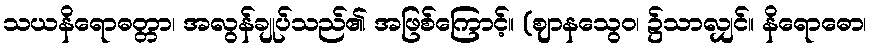
သယနိရောဓတ္တာ၊ အလွန်ချုပ်သည်၏ အဖြစ်ကြောင့်။ (ဈာနသွေဝ၊ ၌သာလျှင်။ နိရောဓော၊